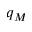
q _ { M }